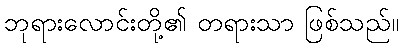
ဘုရားလောင်းတို့၏ တရားသာ ဖြစ်သည်။